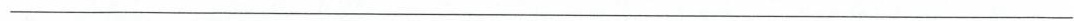
___